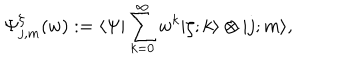
\Psi _ { j , m } ^ { \zeta } ( w ) : = \langle \Psi \vert \sum _ { k = 0 } ^ { \infty } w ^ { k } \vert \zeta ; k \rangle \otimes \vert j ; m \rangle ,